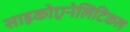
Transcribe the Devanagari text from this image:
साइकोएनेलिटिकल